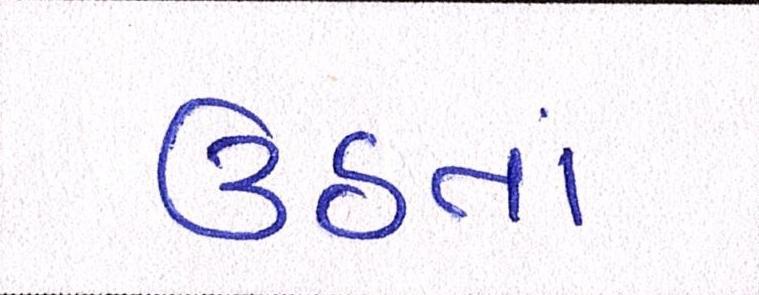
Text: ઉઠતાં